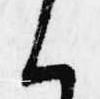
く